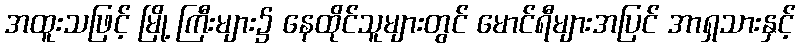
အထူးသဖြင့် မြို့ ကြီးများ၌ နေထိုင်သူများတွင် မောင်ရီများအပြင် အာရှသားနှင့်